Report on lock hospitals in British Burma
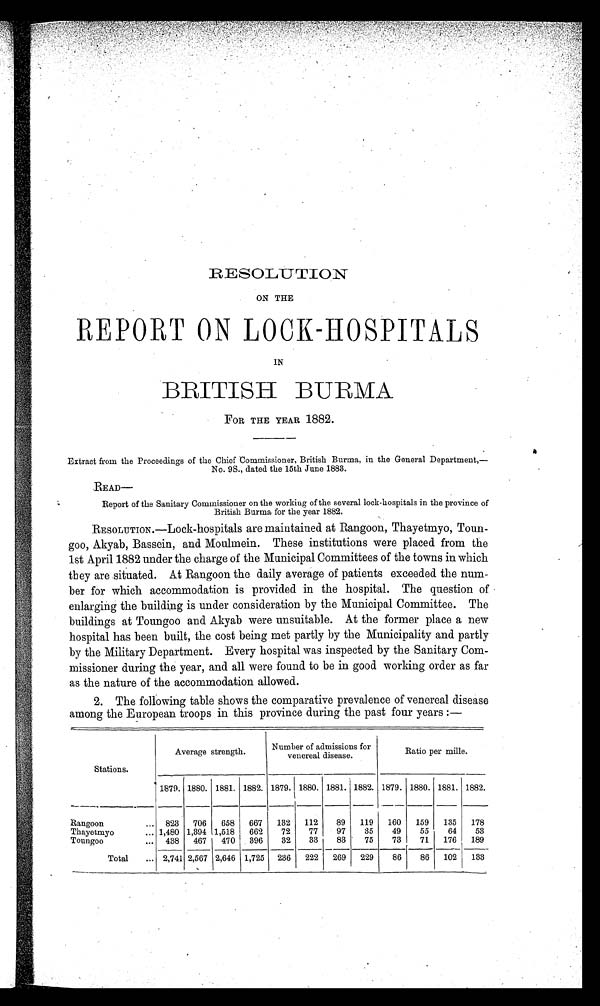
RESOLUTION
ON THE
REPORT ON LOCK-HOSPITALS
IN
BRITISH BURMA
FOR THE YEAR 1882.
Extract from the Proceedings of the Chief Commissioner, British Burma, in the General Department,—
No. 9S., dated the 15th June 1883.
READ
Report of the Sanitary Commissioner on the working of the several lock-hospitals in the province of
British Burma for the year 1882.
RESOLUTION.—Lock-hospitals are maintained at Rangoon, Thayetmyo, Toun-
goo, Akyab, Bassein, and Moulmein. These institutions were placed from the
1st April 1882 under the charge of the Municipal Committees of the towns in which
they are situated. At Rangoon the daily average of patients exceeded the num-
ber for which accommodation is provided in the hospital. The question of
enlarging the building is under consideration by the Municipal Committee. The
buildings at Toungoo and Akyab were unsuitable. At the former place a new
hospital has been built, the cost being met partly by the Municipality and partly
by the Military Department. Every hospital was inspected by the Sanitary Com-
missioner during the year, and all were found to be in good working order as far
as the nature of the accommodation allowed.
2. The following table shows the comparative prevalence of venereal disease
among the European troops in this province during the past four years :—
Stations.
Average strength.
Number of admissions for
venereal disease.
Ratio per mille.
1879. 1880. 1881. 1882. 1879. 1880. 1881. 1882. 1879. 1880. 1881. 1882.
Rangoon
... 823
706
658
667
132
112
89
119
160
159
135
178
Thayetmyo
... 1,480 1,394 1,518
662
72
77
97
35
49
55
64
53
Toungoo
... 438
467
470
396
32
33
83
75
73
71
176
189
Total
... 2,741 2,567 2,646 1,725
236
222
269
229
86
86
102
133